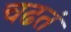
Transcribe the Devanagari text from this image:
चढतं